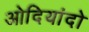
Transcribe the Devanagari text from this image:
ओदियांदो